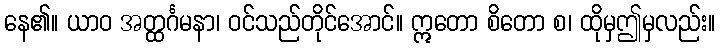
နေ၏။ ယာဝ အတ္ထင်္ဂမနာ၊ ဝင်သည်တိုင်အောင်။ ဣတော စိတော စ၊ ထိုမှဤမှလည်း။